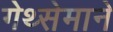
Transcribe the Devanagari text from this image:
गेथ्सेमाने